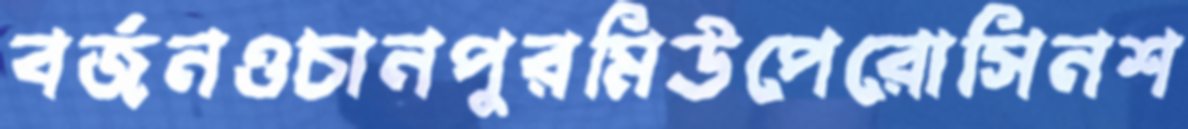
বর্জনওচানপুরমিউপেরোসিনশ